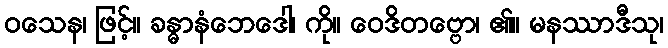
ဝသေန၊ ဖြင့်။ ခန္ဓာနံဘေဒေါ၊ ကို။ ဝေဒိတဗ္ဗော၊ ၏။ မနဿာဒီသု၊